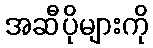
အဆီပိုများကို